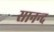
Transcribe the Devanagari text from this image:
सानन्‍द